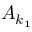
A _ { k _ { 1 } }